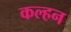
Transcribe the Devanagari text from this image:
कल्हन